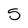
Character: 5